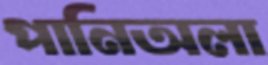
পানিঅলা